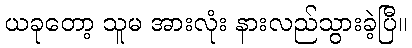
ယခုတော့ သူမ အားလုံး နားလည်သွားခဲ့ပြီ။